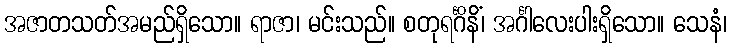
အဇာတသတ်အမည်ရှိသော။ ရာဇာ၊ မင်းသည်။ စတုရင်္ဂိနိံ၊ အင်္ဂါလေးပါးရှိသော။ သေနံ၊